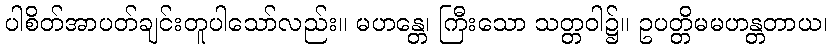
ပါစိတ်အာပတ်ချင်းတူပါသော်လည်း။ မဟန္တေ၊ ကြီးသော သတ္တဝါ၌။ ဥပတ္တိမမဟန္တတာယ၊